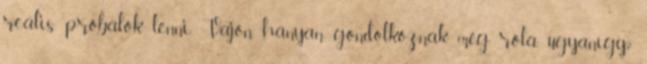
reális próbálok lenni Vajon hányan gondolkoznak még róla ugyanígy?